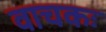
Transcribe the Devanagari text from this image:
वाचकः